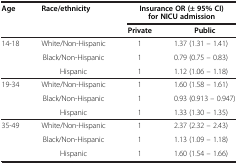
<table><thead><tr><td rowspan="2"><b>Age</b></td><td rowspan="2"><b>Race/ethnicity</b></td><td colspan="2"><b>Insurance OR (± 95% CI) for NICU admission</b></td></tr><tr><td><b>Private</b></td><td><b>Public</b></td></tr></thead><tbody><tr><td>14-18</td><td>White/Non-Hispanic</td><td>1</td><td>1.37 (1.31 – 1.41)</td></tr><tr><td> </td><td>Black/Non-Hispanic</td><td>1</td><td>0.79 (0.75 – 0.83)</td></tr><tr><td> </td><td>Hispanic</td><td>1</td><td>1.12 (1.06 – 1.18)</td></tr><tr><td>19-34</td><td>White/Non-Hispanic</td><td>1</td><td>1.60 (1.58 – 1.61)</td></tr><tr><td> </td><td>Black/Non-Hispanic</td><td>1</td><td>0.93 (0.913 – 0.947)</td></tr><tr><td> </td><td>Hispanic</td><td>1</td><td>1.33 (1.30 – 1.35)</td></tr><tr><td>35-49</td><td>White/Non-Hispanic</td><td>1</td><td>2.37 (2.32 – 2.43)</td></tr><tr><td> </td><td>Black/Non-Hispanic</td><td>1</td><td>1.13 (1.09 – 1.18)</td></tr><tr><td> </td><td>Hispanic</td><td>1</td><td>1.60 (1.54 – 1.66)</td></tr></tbody></table>